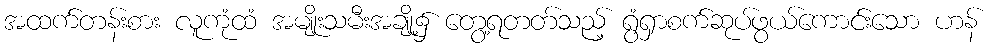
အထက်တန်းစား လူကုံထံ အမျိုးသမီးအချို့၌ တွေ့ရတတ်သည့် ရွံရှာစက်ဆုပ်ဖွယ်ကောင်းသော ဟန်